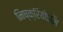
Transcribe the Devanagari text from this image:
निष्क्रियोऽसि